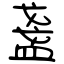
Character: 盞